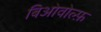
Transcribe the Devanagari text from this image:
बिओवोल्फ़